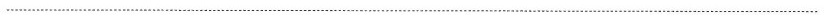
___